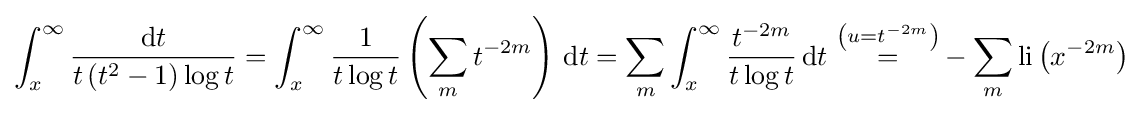
\int _{x}^{\infty }{\frac {\mathrm {d} t}{t\left(t^{2}-1\right)\log t}}=\int _{x}^{\infty }{\frac {1}{t\log t}}\left(\sum _{m}t^{-2m}\right)\,\mathrm {d} t=\sum _{m}\int _{x}^{\infty }{\frac {t^{-2m}}{t\log t}}\,\mathrm {d} t\,\,{\overset {\left(u=t^{-2m}\right)}{=}}-\sum _{m}\operatorname {li} \left(x^{-2m}\right)